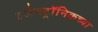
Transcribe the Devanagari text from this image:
इलेक्ट्रॉनिकच्या